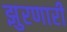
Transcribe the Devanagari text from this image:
झुरणारी